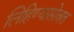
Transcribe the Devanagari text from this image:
लिहिण्यासोबत